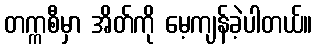
တက္ကစီမှာ အိတ်ကို မေ့ကျန်ခဲ့ပါတယ်။